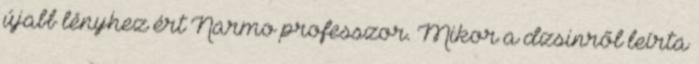
újabb lényhez ért Narmo professzor. Mikor a dzsinről leírta